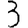
Digit: 3